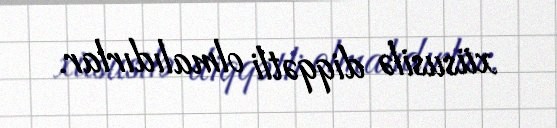
xüsusilə diqqətli olmalıdırlar.